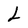
Character: L